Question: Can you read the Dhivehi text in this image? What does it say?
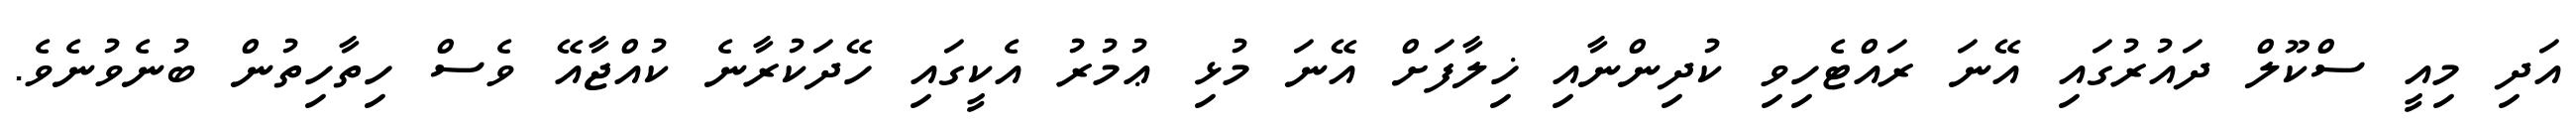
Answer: އަދި މިއީ ސްކޫލް ދައުރުގައި އޭނަ ރައްޓެހިވި ކުދިންނާއި ޚިލާފަށް އޭނަ މުޅި ޢުމުރު އެކީގައި ހޭދަކުރާނެ ކުއްޖާއޭ ވެސް ހިތާހިތުން ބުނެވުނެވެ.